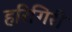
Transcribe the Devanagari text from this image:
हरिगिरी